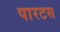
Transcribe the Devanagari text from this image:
पारटस